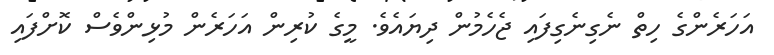
އަހަރެންގެ ހިތް ނެގިނެގިފައި ޖެހެމުން ދިޔައެވެ. މީގެ ކުރިން އަހަރެން މުޅިންވެސް ކޮށްފައި